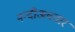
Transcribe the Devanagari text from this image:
नन्दीअवतार